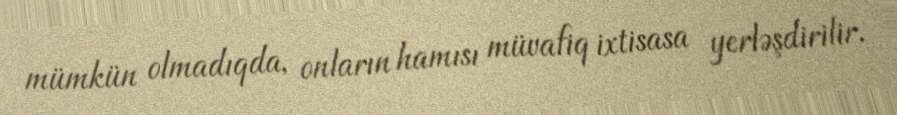
mümkün olmadıqda, onların hamısı müvafiq ixtisasa yerləşdirilir.